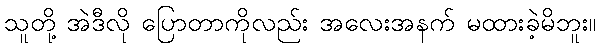
သူတို့ အဲဒီလို ပြောတာကိုလည်း အလေးအနက် မထားခဲ့မိဘူး။